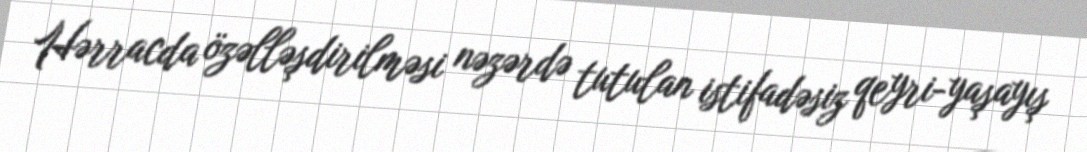
Hərracda özəlləşdirilməsi nəzərdə tutulan istifadəsiz qeyri-yaşayış